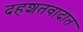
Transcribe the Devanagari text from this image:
दहशतवादात